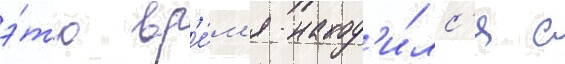
э́то вр'е́м'я наход'и́лс'я с